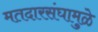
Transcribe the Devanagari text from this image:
मतदारसंघामुळे